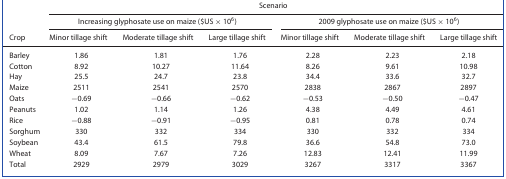
| <ROWSPAN=3> Crop | <COLSPAN=6> Scenario |
 | <COLSPAN=3> Increasing glyphosate use on maize ($US × 106) | <COLSPAN=3> 2009 glyphosate use on maize ($US × 106) |
 | Minor tillage shift | Moderate tillage shift | Large tillage shift | Minor tillage shift | Moderate tillage shift | Large tillage shift |
 | --- | --- | --- | --- | --- | --- | --- |
 | Barley | 1.86 | 1.81 | 1.76 | 2.28 | 2.23 | 2.18 |
 | Cotton | 8.92 | 10.27 | 11.64 | 8.26 | 9.61 | 10.98 |
 | Hay | 25.5 | 24.7 | 23.8 | 34.4 | 33.6 | 32.7 |
 | Maize | 2511 | 2541 | 2570 | 2838 | 2867 | 2897 |
 | Oats | −0.69 | −0.66 | −0.62 | −0.53 | −0.50 | −0.47 |
 | Peanuts | 1.02 | 1.14 | 1.26 | 4.38 | 4.49 | 4.61 |
 | Rice | −0.88 | −0.91 | −0.95 | 0.81 | 0.78 | 0.74 |
 | Sorghum | 330 | 332 | 334 | 330 | 332 | 334 |
 | Soybean | 43.4 | 61.5 | 79.8 | 36.6 | 54.8 | 73.0 |
 | Wheat | 8.09 | 7.67 | 7.26 | 12.83 | 12.41 | 11.99 |
 | Total | 2929 | 2979 | 3029 | 3267 | 3317 | 3367 |